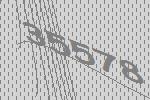
35578